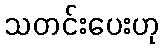
သတင်းပေးဟု